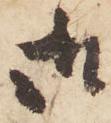
御